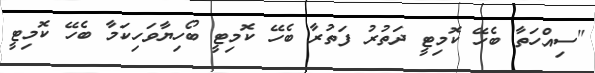
"ސިއްހަތާ ބެހޭ ކޮމިޓީ ދަތުރު ފަތުރާ ބެހޭ ކޮމިޓީ ބޯހިޔާވަހިކަމާ ބެހޭ ކޮމިޓީ